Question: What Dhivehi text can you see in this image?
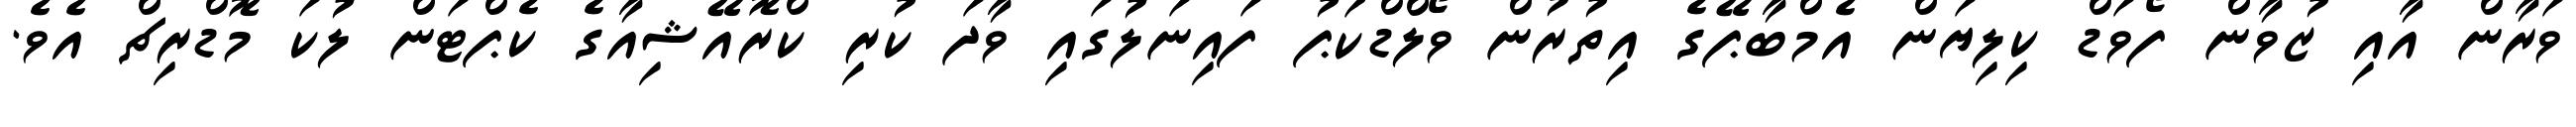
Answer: ވަރާން އާއި ޒުވާން ފޯވަޑް ކިލިޔަން އެމްބާޕޭގެ އިތުރުން ވޯލްޑްކަޕު ފައިނަލުގައި ވާދަ ކުރި ކްރޮއޭޝިއާގެ ކެޕްޓަން ލުކަ މޮޑްރިޗް އެވެ.